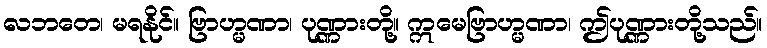
လဘတေ၊ မရနိုင်။ ဗြာဟ္မဏာ၊ ပုဏ္ဏားတို့။ ဣမေဗြာဟ္မဏာ၊ ဤပုဏ္ဏားတို့သည်။